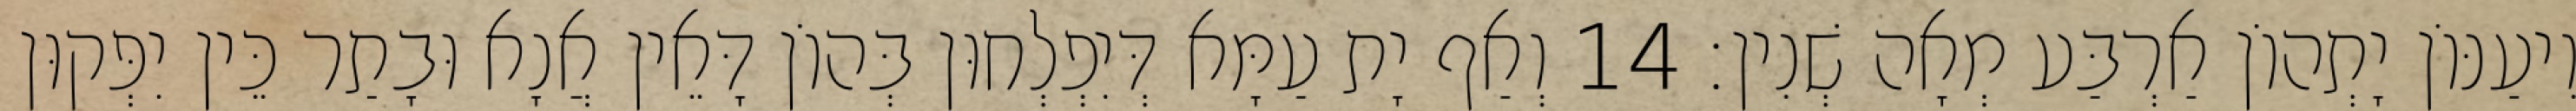
וִיעַנּוֹן יָתְהוֹן אַרְבַּע מְאָה שְׁנִין׃ 14 וְאַף יָת עַמָּא דְּיִפְלְחוּן בְּהוֹן דָּאֵין אֲנָא וּבָתַר כֵּין יִפְּקוּן